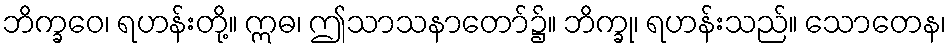
ဘိက္ခဝေ၊ ရဟန်းတို့။ ဣဓ၊ ဤသာသနာတော်၌။ ဘိက္ခု၊ ရဟန်းသည်။ သောတေန၊